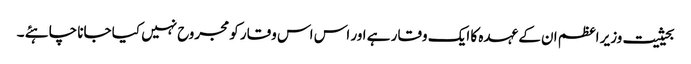
بحیثیت وزیر اعظم ان کے عہدہ کا ایک وقار ہے اور اس اس وقار کو مجروح نہیں کیا جانا چاہئے ۔